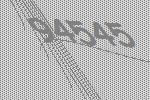
94545